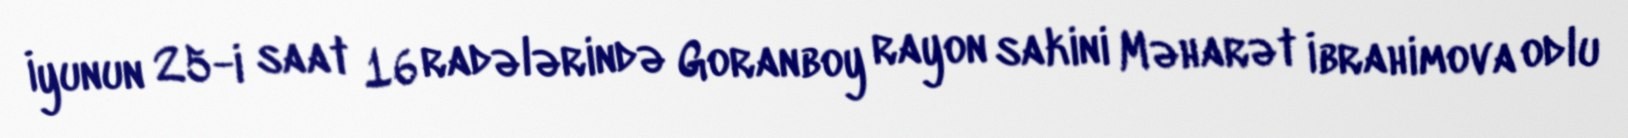
İyunun 25-i saat 16 radələrində Goranboy rayon sakini Məharət İbrahimova odlu